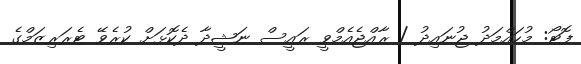
ފޮޓޯ: މުހައްމަދު ޖުނައިދު / ރާއްޖެއެމްވީ ރައީސް ނަޝީދާ ދެކޮޅަށް ކުރެވޭ ޓެރަރިޒަމްގެ